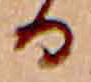
る